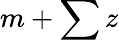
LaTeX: m+\sum z